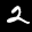
Label: 2